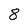
Character: 8